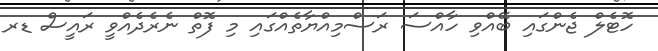
ހޮޓެލް ޖެންގައި ބޭއްވި ހާއްސަ ރަސްމިއްޔާތެއްގައި މި ފޮތް ނެރެދެއްވީ ރައީސް ޑރ